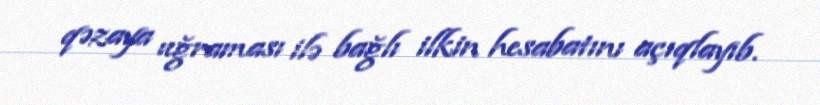
qəzaya uğraması ilə bağlı ilkin hesabatını açıqlayıb.